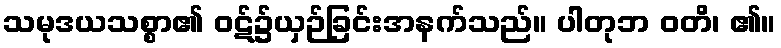
သမုဒယသစ္စာ၏ ဝဋ်၌ယှဉ်ခြင်းအနက်သည်။ ပါတုဘ ဝတိ၊ ၏။